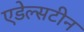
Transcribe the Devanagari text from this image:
एडेल्सटीन